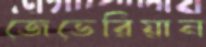
জেভেরিয়ান